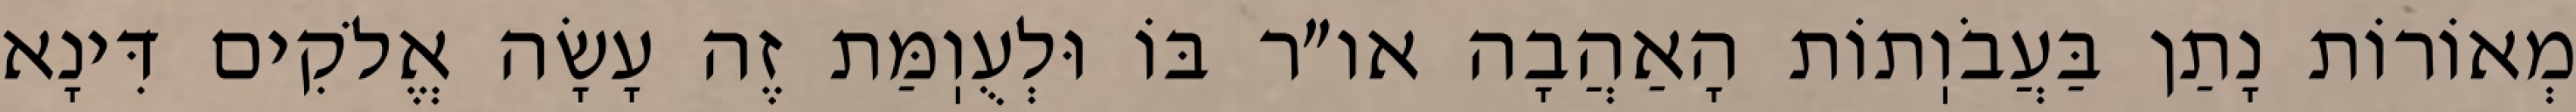
מְאוֹרוֹת נָתַן בַּעֲבֹוֽתוֹת הָאַהֲבָה או״ר בּוֹ וּלְעֻוֽמַּת זֶה עָשָׂה אֱלֹקִים דִּינָא